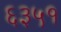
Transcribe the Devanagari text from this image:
६३५१